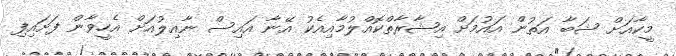
މީކާއަށް ޝަބާ އަތުން އައުމަށް އިޝާރާތްކޮއްލުމާއިއެކު އޭނާ އައިސް ނާއިލުއަށް އެހީވާން ފަށައިފި